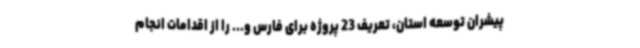
پیشران توسعه استان، تعریف 23 پروژه برای فارس و... را از اقدامات انجام